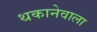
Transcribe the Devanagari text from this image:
थकानेवाला